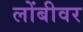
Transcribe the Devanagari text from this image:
लोंबीवर